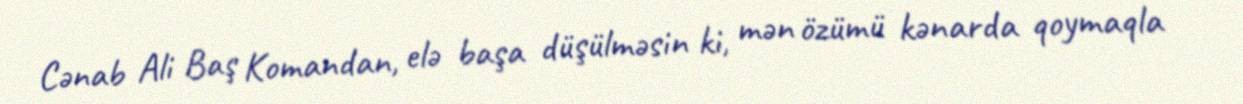
Cənab Ali Baş Komandan, elə başa düşülməsin ki, mən özümü kənarda qoymaqla